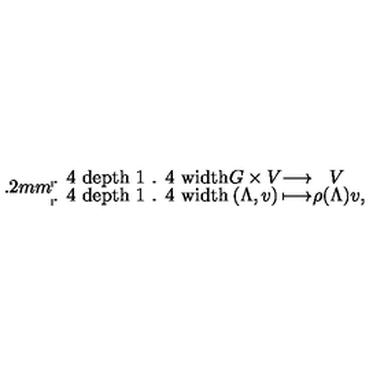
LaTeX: \renewcommand { \arraystretch } { 1 . 4 } \arraycolsep 0 . 2 m m \begin{array} { c c c l } { G \times V } & { \longrightarrow } & { V } & { } \\ { ( \Lambda , v ) } & { \longmapsto } & { \rho ( \Lambda ) v } & { , } \\ \end{array}